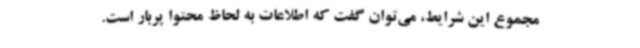
مجموع این شرایط، می‌توان گفت که اطلاعات به لحاظ محتوا پربار است.